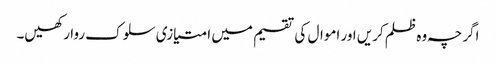
اگرچہ وہ ظلم کریں اور اموال کی تقسیم میں امتیازی سلوک روا رکھیں۔